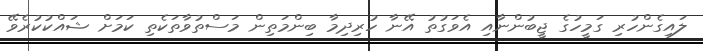
ލައިގެންހުރި ގަމީހުގެ ޖީބުންނާއި އެވަގުތު އޭނާ ހުރިދިމާ ބިންމަތިން މަސްތުވާތަކެތި ކަމަށް ޝައްކުކުރެވޭ